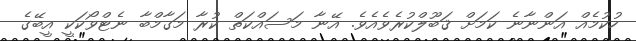
ހުކުމެއް އަންނާނެ ކަމަށް ޤަބޫލްކުރެވެއެވެ. އޭނާ މަސައްކަތް ކުރާ މަގާމްބާ ނެޓްވޯކަކީ އީބޭގެ